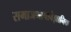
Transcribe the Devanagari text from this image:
समाजभाषावैज्ञानिक